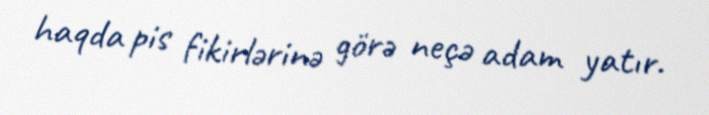
haqda pis fikirlərinə görə neçə adam yatır.